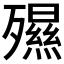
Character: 𣩯